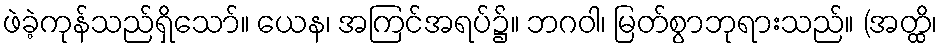
ဖဲခဲ့ကုန်သည်ရှိသော်။ ယေန၊ အကြင်အရပ်၌။ ဘဂဝါ၊ မြတ်စွာဘုရားသည်။ (အတ္ထိ၊